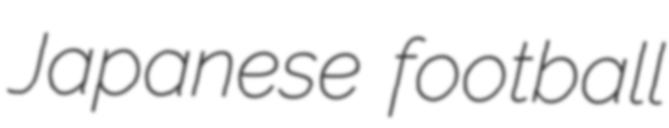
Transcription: Japanese football